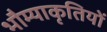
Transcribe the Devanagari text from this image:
भौम्याकृतियों